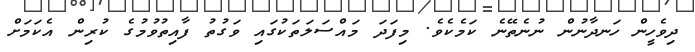
ދިވެހީން ހަނދާނުން ނުނެތޭނެ ކަމެކެވެ. މިފަދަ މައްސަލަތަކުގައި ވަގުތު ފާއިތުވުމުގެ ކުރިން އެކަމަށް